Tezpur Lunatic Asylum reports 1895-1904 - 1895-1904
Year: 1895
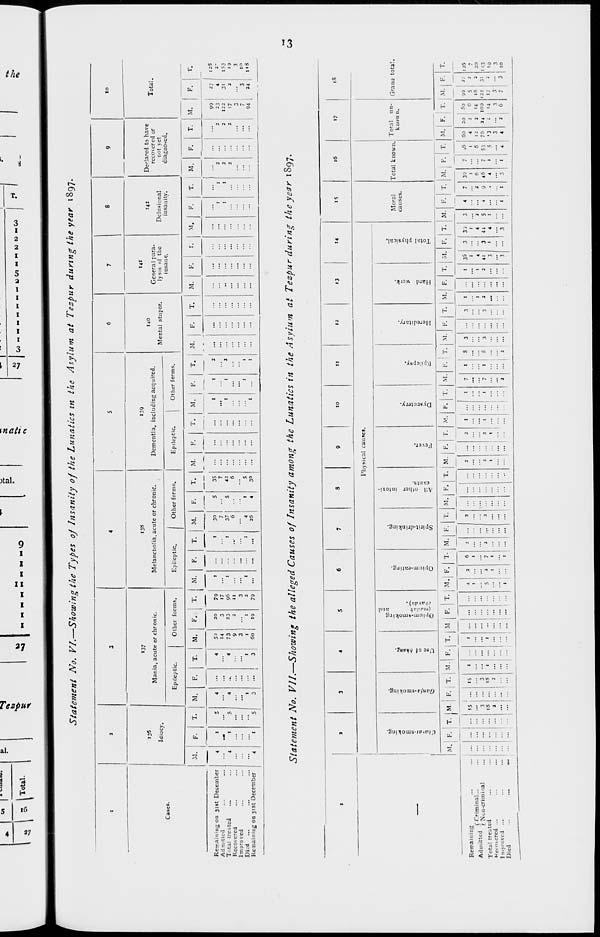
Cases.
Remaining on 31st December
Adnitted
Total treated
Recovered
Imarored
Di.d ...
Remaining on 31st December
Statement No. VI.—Showing the Types of Insanity of the Lunatics in the Asylum at Tezpur during the year 1897.
I3«
Idiocy.
«37
Mania, acute or chronic.
Epileptic.
Other forma.
i3»
Melancholia,acute or chronic.
139
Dementia, including acquired.
Epileptic.
Other forms.
Epileptic.
Other forms.
140
Mental stupor.
M.
T.
M
4
J
5
4
4
15
4
4
15
3
T.
M.
F.
4
5^
20
• 4
3
4
73
23
9
2
...
3
I
1
1
3
60
19
T.
M.
F.
M.
F.
T.
M.
79
I
17
...
...
96
I
11
3
...
...
2
I
79
...
...
30
7
37
6
4
26
35
7
42
6
5
30
F.
T.
M. 1
-
...
t
1
1
M.
141
General para-
lysis of the
insane.
M.
F.
142
Delusional
insanity.
M.
F.
...
1
...
1
Declared to have
recovered or
not yet
diagno->ed.
T. ; M.
M.
10
Tota;.
F.
90
27
23
4
122
31
17
2
3
7
3
94
24
125
2-
153
ig
3
10
MS
Statement No. VII.—Showing the alleged Causes of Insanity among the Lunatics in the Asylum at Tezpur during the year 1897.
Oa
Remaining
• J -..A <" Criminal...
Admitted ' (Non . crimilial
Total treated
Heonercd ...
Improved •■•
Died
"3
14
15
16
Physical causes.
o
E
q
§
2
to
c
to
tea
a
o
E
c 2
53
k.
ci;
o
H
Moral
causes.
17
Total known.' To,nl » n "
known.
iS
Granu total.
M. F. T. ! M. I F. : T. I M. F. I T. I M. F. T. I M. f
T- M. F T. M. I F. I T. I M. F. T. M.
!
T. M F. T. M.
T. M
M. V
15
15
t
3
3
18
iS
1
..
2
...
4
1
2
6
I
5
2
1
7
1
••
1
1
M. F. T. M
2
2
...
2
1
2
2
...
2
1
1
...
t
I ..
7
I
8
7
I
8
2
:::
2
I
3
2
3V
4
44
4
I F ' T. M. F. |T.
7
.6 60 20 So
1
4
e
6
12
2
'4
7 53 76 24 IOJ
1
5
'J
3
;
",
1
4
4
2
6
M. F.
99
11
5
2
18
A
22
3'
17
2
3 ...
/ 3
116
:o
153
10
3
10